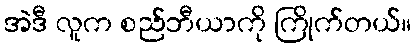
အဲဒီ လူက စည်ဘီယာကို ကြိုက်တယ်။